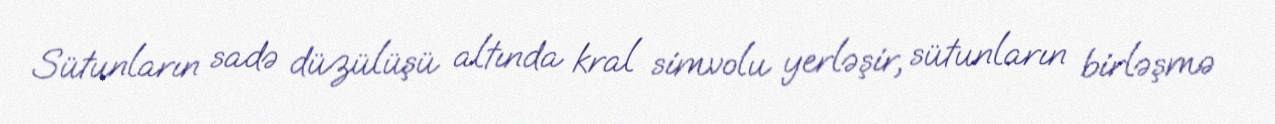
Sütunların sadə düzülüşü altında kral simvolu yerləşir, sütunların birləşmə